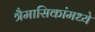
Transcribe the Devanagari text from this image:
त्रैमासिकांमध्ये